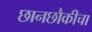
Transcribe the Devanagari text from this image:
छानछौकीचा